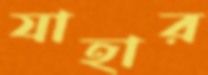
যাহার